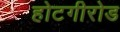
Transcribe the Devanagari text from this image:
होटगीरोड